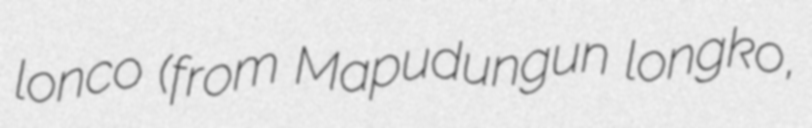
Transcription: lonco (from Mapudungun longko,